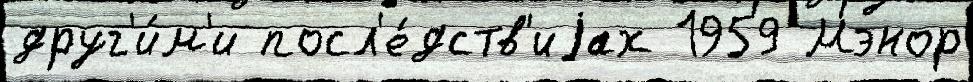
друг'и́м'и посл'е́дств'иjах 1959 Мэнор